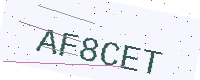
Text: AF8CET